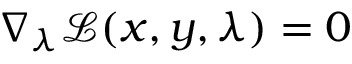
\nabla _ { \lambda } { \mathcal { L } } ( x , y , \lambda ) = 0